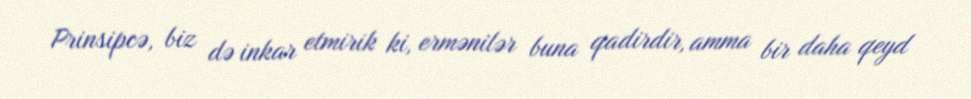
Prinsipcə, biz də inkar etmirik ki, ermənilər buna qadirdir, amma bir daha qeyd